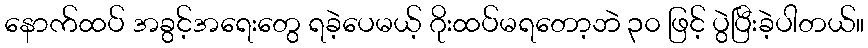
နောက်ထပ် အခွင့်အရေးတွေ ရခဲ့ပေမယ့် ဂိုးထပ်မရတော့ဘဲ ၃၀ ဖြင့် ပွဲပြီးခဲ့ပါတယ်။